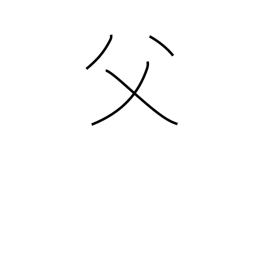
Meaning: father